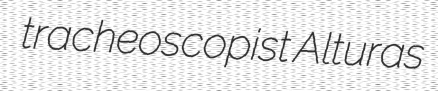
tracheoscopist Alturas